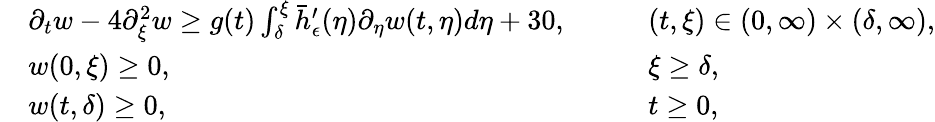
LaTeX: \begin{array}{rlrl}&{\partial_{t}w-4\partial_{\xi}^{2}w\geq g(t)\int_{\delta}^{\xi}\bar{h}_{\epsilon}^{\prime}(\eta)\partial_{\eta}w(t,\eta)d\eta+30,\quad}&&{(t,\xi)\in(0,\infty)\times(\delta,\infty),}\\ &{w(0,\xi)\geq 0,\quad}&&{\xi\geq\delta,}\\ &{w(t,\delta)\geq 0,\quad}&&{t\geq 0,}\end{array}